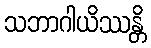
သဘာဂါယိဿန္တိ